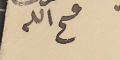
فىح الله